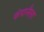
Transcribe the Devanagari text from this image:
कंपानैला